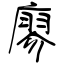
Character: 廖